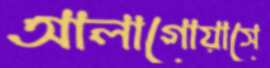
আলাগোয়াসে